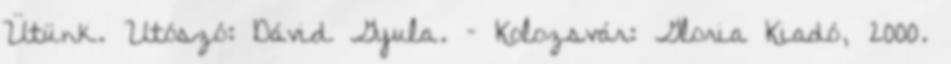
Ütünk. Utószó: Dávid Gyula. – Kolozsvár: Gloria Kiadó, 2000.